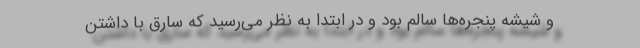
و شیشه پنجره‌ها سالم بود و در ابتدا به ‌نظر می‌رسید که سارق با داشتن